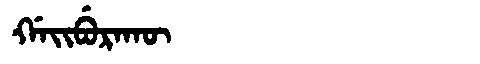
Manchu: ᡤᠠᡳᠪᡠᡵᠠᡴᡡ
Romanization: GAIBURAKŪ